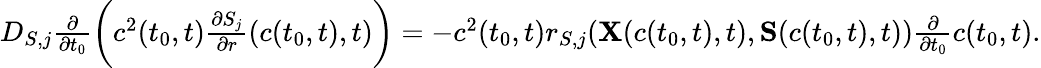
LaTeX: \begin{array}{r}{D_{S,j}\frac{\partial}{\partial t_{0}}\bigg(c^{2}(t_{0},t)\frac{\partial S_{j}}{\partial r}(c(t_{0},t),t)\bigg)=-c^{2}(t_{0},t)r_{S,j}({{\mathbf X}(c(t_{0},t),t)},{{\mathbf S}}(c(t_{0},t),t))\frac{\partial}{\partial t_{0}}c(t_{0},t).}\end{array}